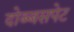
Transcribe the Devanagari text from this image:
दोब्बसपेट